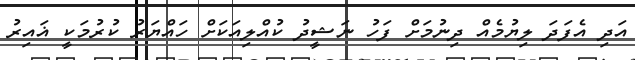
އަދި އެފަދަ ލިޔުމެއް ދިނުމަށް ފަހު ނަޝީދު ކުއްލިއަކަށް ހައްޔަރު ކުރުމަކީ ޣައިރު